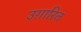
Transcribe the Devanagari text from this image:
उग़ारित